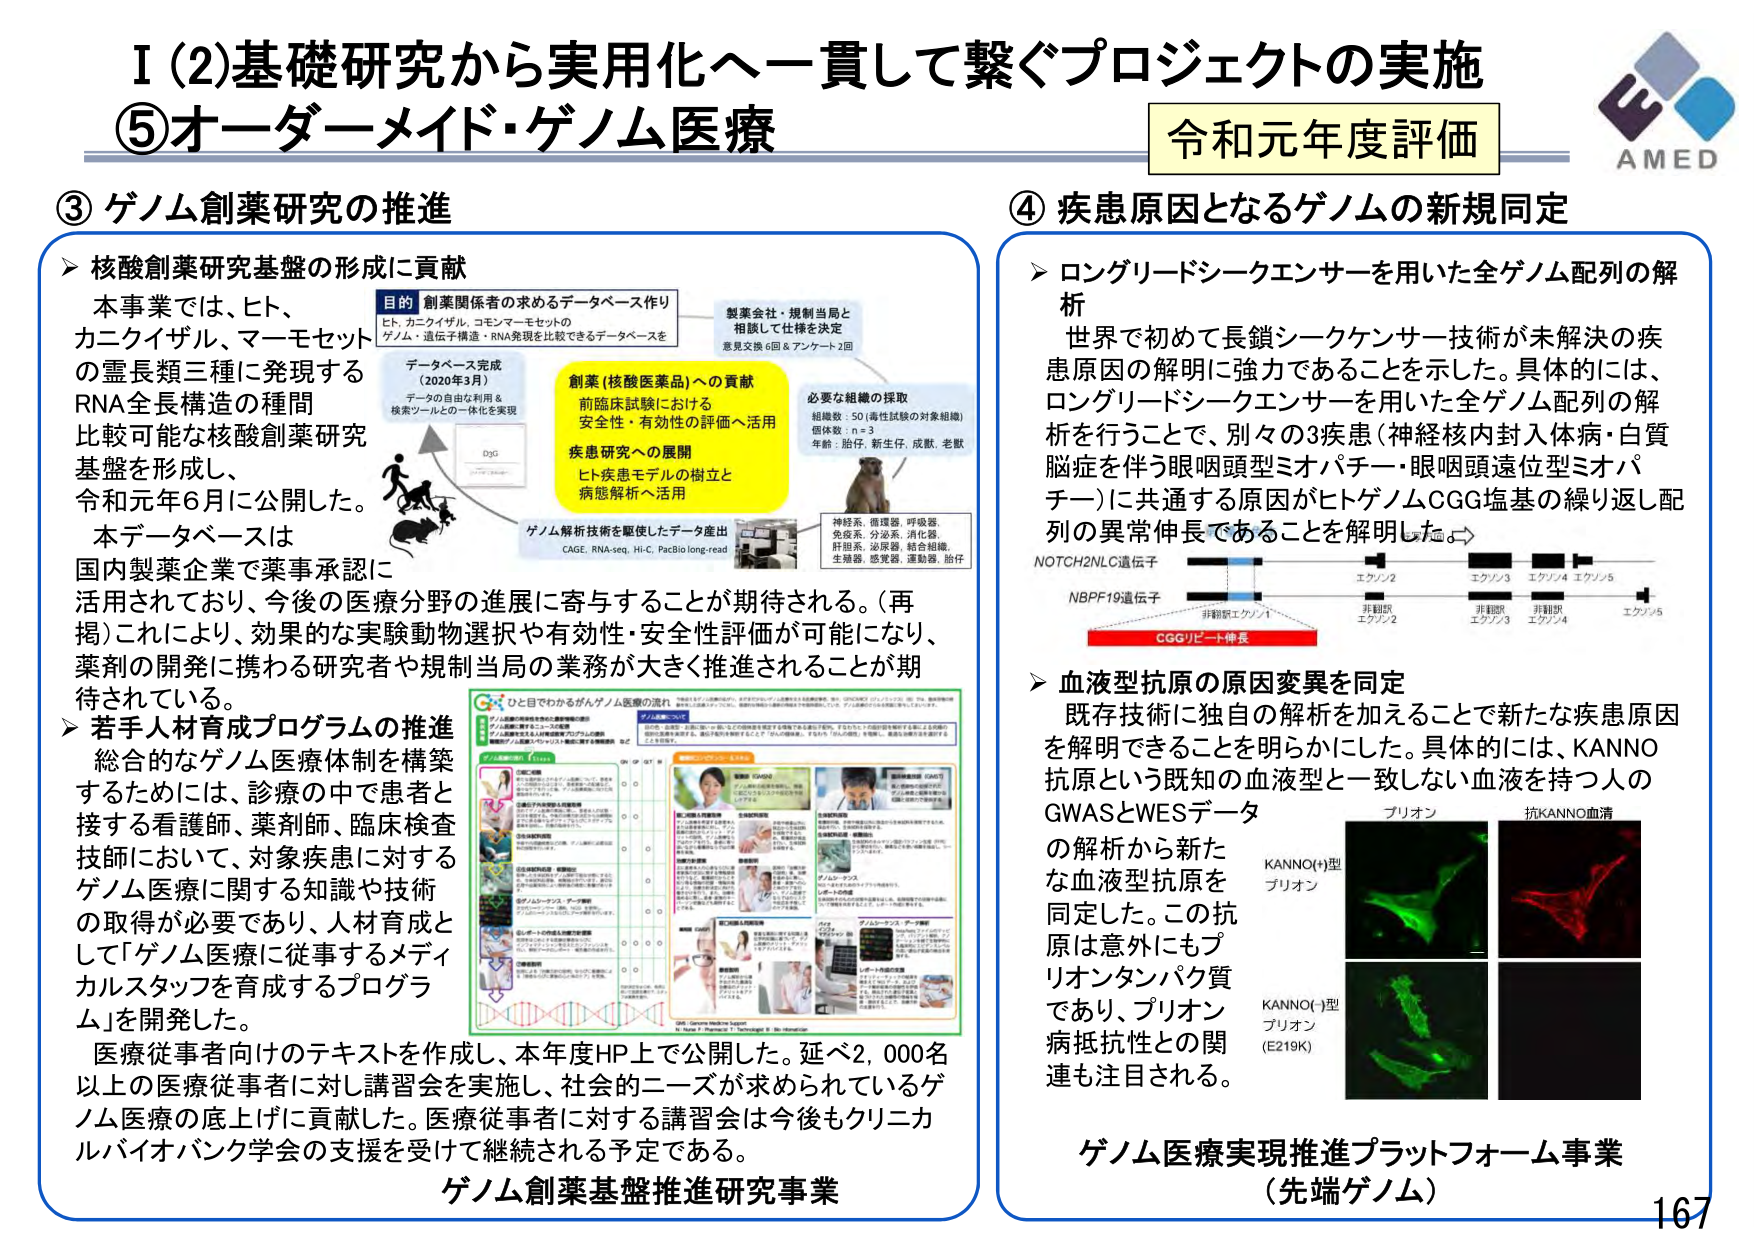
I (2) 基礎研究から実用化へ一貫して繋ぐプロジェクトの実施
⑤ オーダーメード・ゲノム医療

令和元年度評価
AMED

③ ゲノム創薬研究の推進

▶ 核酸創薬研究基盤の形成に貢献
本事業では、ヒト、
カニクイザル、マーモセット
の霊長類三種に発現する
RNA全長構造の種間
比較可能な核酸創薬研究
基盤を形成し、
令和元年6月に公開した。
本データベースは
国内製薬企業で薬事承認に
活用されており、今後の医療分野の進展に寄与することが期待される。（再掲）これにより、効果的な実験動物選択や有効性・安全性評価が可能になり、
薬剤の開発に携わる研究者や規制当局の業務が大きく推進されることが期待されている。

▶ 若手人材育成プログラムの推進
総合的なゲノム医療体制を構築
するためには、診療の中で患者と
接する看護師、薬剤師、臨床検査
技師において、対象疾患に対する
ゲノム医療に関する知識や技術
の取得が必要であり、人材育成と
して「ゲノム医療に従事するメディ
カルスタッフを育成するプログラ
ム」を開発した。
医療従事者向けのテキストを作成し、本年度HP上で公開した。延べ2,000名
以上の医療従事者に対し講習会を実施し、社会的ニーズが求められているゲ
ノム医療の底上げに貢献した。医療従事者に対する講習会は今後もクリニカ
ルバイオバンク学会の支援を受けて継続される予定である。

目的 創薬関係者の求めるデータベース作り
ヒト、カニクイザル、コモンマーモセットの
ゲノム・遺伝子構造・RNA発現を比較できるデータベースを

データベース完成
（2020年3月）
データの自由な利用 &
検索ツールの一体化を実現

製薬会社・規制当局と
相談して仕様を決定
意見交換6回 & アンケート2回

創薬（核酸医薬品）への貢献
前臨床試験における
安全性・有効性の評価へ活用
疾患研究への展開
ヒト疾患モデルの樹立と
病態解析へ活用

ゲノム解析技術を駆使したデータ産出
CAGE, RNA-seq, Hi-C, PacBio long-read

必要な組織の採取
組織数：50（毒性試験の対象組織）
個体数：n=3
年齢：胎仔、新生仔、成獣、老獣
神経系、循環器、呼吸器
免疫系、分泌系、消化器
肝胆系、泌尿器、結合組織、
生殖器、感覚器、運動器、胎仔

ひと目でわかるがんゲノム医療の流れ
（図表：ゲノム医療の流れに関する説明図、複数の写真とチェックボックス付き）

ゲノム創薬基盤推進研究事業

④ 疾患原因となるゲノムの新規同定

▶ ロングリードシーケンサーを用いた全ゲノム配列の解析
世界で初めて長鎖シークエンサー技術が未解決の疾
患原因の解明に強力であることを示した。具体的には、
ロングリードシーケンサーを用いた全ゲノム配列の解
析を行うことで、別々の3疾患（神経核内封入体病・白質
脳症を伴う眼咽頭型ミオパチー・眼咽頭遠位型ミオパ
チー）に共通する原因がヒトゲノムCGG塩基の繰り返し配
列の異常伸長であることを解明した。

NOTCH2NL遺伝子
エクソン2 エクソン3 エクソン4 エクソン5
NBPFI9遺伝子
非翻訳エクソン1
非翻訳エクソン2
非翻訳エクソン3
非翻訳エクソン4
エクソン5
CGGリピート伸長

▶ 血液型抗原の原因変異を同定
既存技術に独自の解析を加えることで新たな疾患原因
を解明できることを明らかにした。具体的には、KANNO
抗原という既知の血液型と一致しない血液を持つ人の
GWASとWESデータ
の解析から新た
な血液型抗原を
同定した。この抗
原は意外にもプ
リオンタンパク質
であり、プリオン
病抵抗性との関
連も注目される。

プリオン
抗KANNO血清
KANNO(+)型
プリオン
KANNO(-)型
プリオン
(E219K)

ゲノム医療実現推進プラットフォーム事業
（先端ゲノム）

167